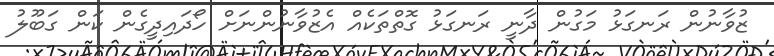
ޒުވާނުން ރަނގަޅު މަގުން ދާނީ ރަނގަޅު ގޮތްތަކެއް އެޒުވާނުންނަށް ހޯދައިދީގެން ކަން ގަބޫލު